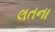
લતના